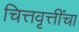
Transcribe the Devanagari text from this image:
चित्तवृत्तींचा